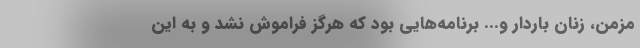
مزمن، زنان باردار و... برنامه‌هایی بود که هرگز فراموش نشد و به این